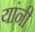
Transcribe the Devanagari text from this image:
यांनी